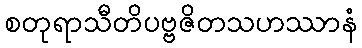
စတုရာသီတိပဗ္ဗဇိတသဟဿာနံ